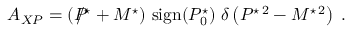
{ \cal A } _ { X P } = \left( P \! \! \! \! \mathrm { \large / } ^ { \star } + M ^ { \star } \right) \, \mathrm { s i g n } ( P _ { 0 } ^ { \star } ) \; \delta \left( P ^ { \star \, 2 } - M ^ { \star \, 2 } \right) \; .